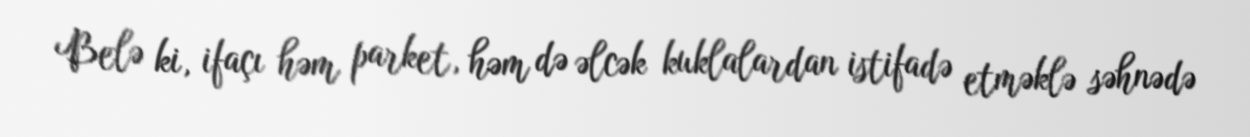
Belə ki, ifaçı həm parket, həm də əlcək kuklalardan istifadə etməklə səhnədə